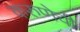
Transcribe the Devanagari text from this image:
करुणेची